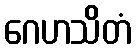
ဂေဟသိတံ